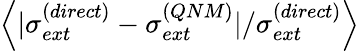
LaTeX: \left\langle|\sigma_{ext}^{(direct)}-\sigma_{ext}^{(QNM)}|/\sigma_{ext}^{(direct)}\right\rangle